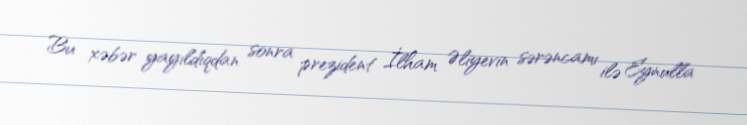
Bu xəbər yayıldıqdan sonra prezident İlham Əliyevin sərəncamı ilə Eynulla